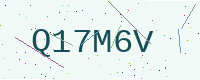
Text: Q17M6V